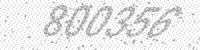
Solution: 800356